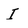
Character: I